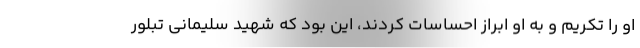
او را تکریم و به او ابراز احساسات کردند، این بود که شهید سلیمانی تبلور